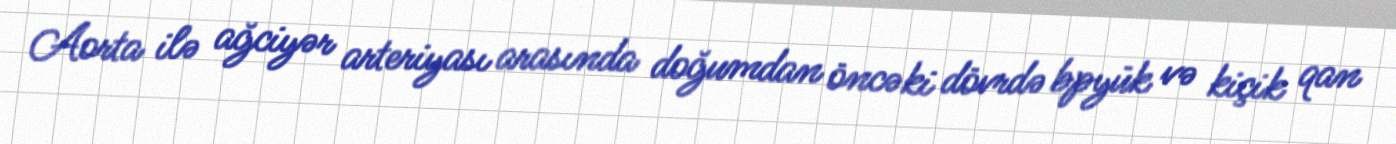
Aorta ilə ağciyər arteriyası arasında doğumdan öncəki dövrdə bpyük və kiçik qan